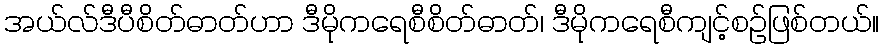
အယ်လ်ဒီပီစိတ်ဓာတ်ဟာ ဒီမိုကရေစီစိတ်ဓာတ်၊ ဒီမိုကရေစီကျင့်စဉ်ဖြစ်တယ်။